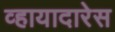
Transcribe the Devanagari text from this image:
व्हायादारेस